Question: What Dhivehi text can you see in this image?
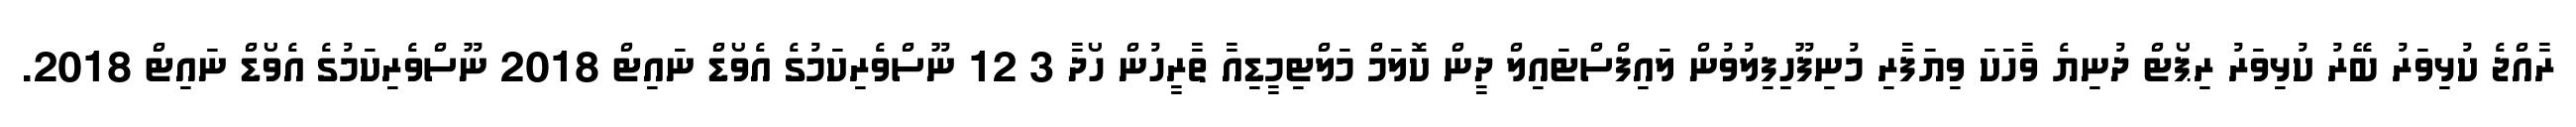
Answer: ރާއްޖެ ކުޅިވަރު ބޭރު ކުޅިވަރު ރިޕޯޓް ދުނިޔެ ވާހަކަ ވިޔަފާރި މުނިފޫހިފިލުވުން ލައިފްސްޓައިލް ދީން ކޮލަމް މަލްޓިމީޑިއާ ތާރީހުން ހޯދާ 3 12 ނޫސްވެރިކަމުގެ އެވޯޑް ނައިޓް 2018 ނޫސްވެރިކަމުގެ އެވޯޑް ނައިޓް 2018.